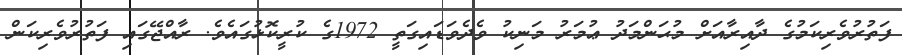
ފަތުރުވެރިކަމުގެ ދާއިރާއަށް މުޙަންމަދު ޢުމަރު މަނިކު ވެދެވަޑައިގަތީ 1972ގެ ކުރީކޮޅުގައެވެ. ރާއްޖޭގައި ފަތުރުވެރިކަން